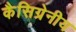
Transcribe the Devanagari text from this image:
कैसिग्रेनीय